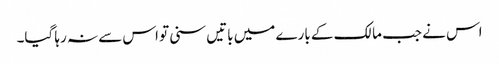
اس نے جب مالک کے بارے میں باتیں سنی تو اس سے نہ رہا گیا۔